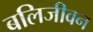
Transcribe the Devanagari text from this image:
बलिजीवन